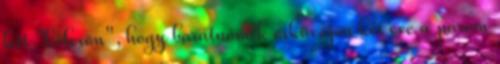
lett "kölcsön", hogy barátnőmék esküvőjén két éve a párom